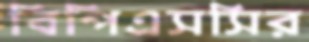
বিপিএসসির